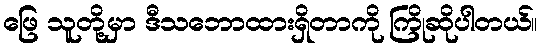
ဖြေ သူတို့မှာ ဒီသဘောထားရှိတာကို ကြိုဆိုပါတယ်။